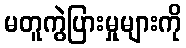
မတူကွဲပြားမှုများကို